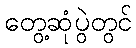
တွေ့ဆုံပွဲတွင်